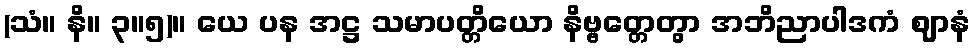
(သံ။ နိ။ ၃။၅)။ ယေ ပန အဋ္ဌ သမာပတ္တိယော နိဗ္ဗတ္တေတွာ အဘိညာပါဒကံ ဈာနံ